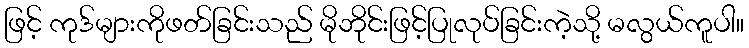
ဖြင့် ကုဒ်များကိုဖတ်ခြင်းသည် မိုဘိုင်းဖြင့်ပြုလုပ်ခြင်းကဲ့သို့ မလွယ်ကူပါ။